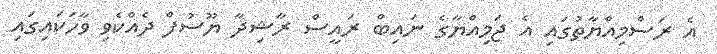
އެ ރަސްމިއްޔާތުގައި އެ ޖަމިއްޔާގެ ނައިބް ރައީސް ރާޝިދާ ޔޫސުފް ދެއްކެވި ވާހަކައިގައި